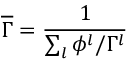
\overline { { \Gamma } } = \frac { 1 } { \sum _ { l } \phi ^ { l } / \Gamma ^ { l } }